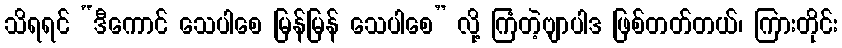
သိရရင် “ဒီကောင် သေပါစေ မြန်မြန် သေပါစေ” လို့ ကြံတဲ့ဗျာပါဒ ဖြစ်တတ်တယ်၊ ကြားတိုင်း